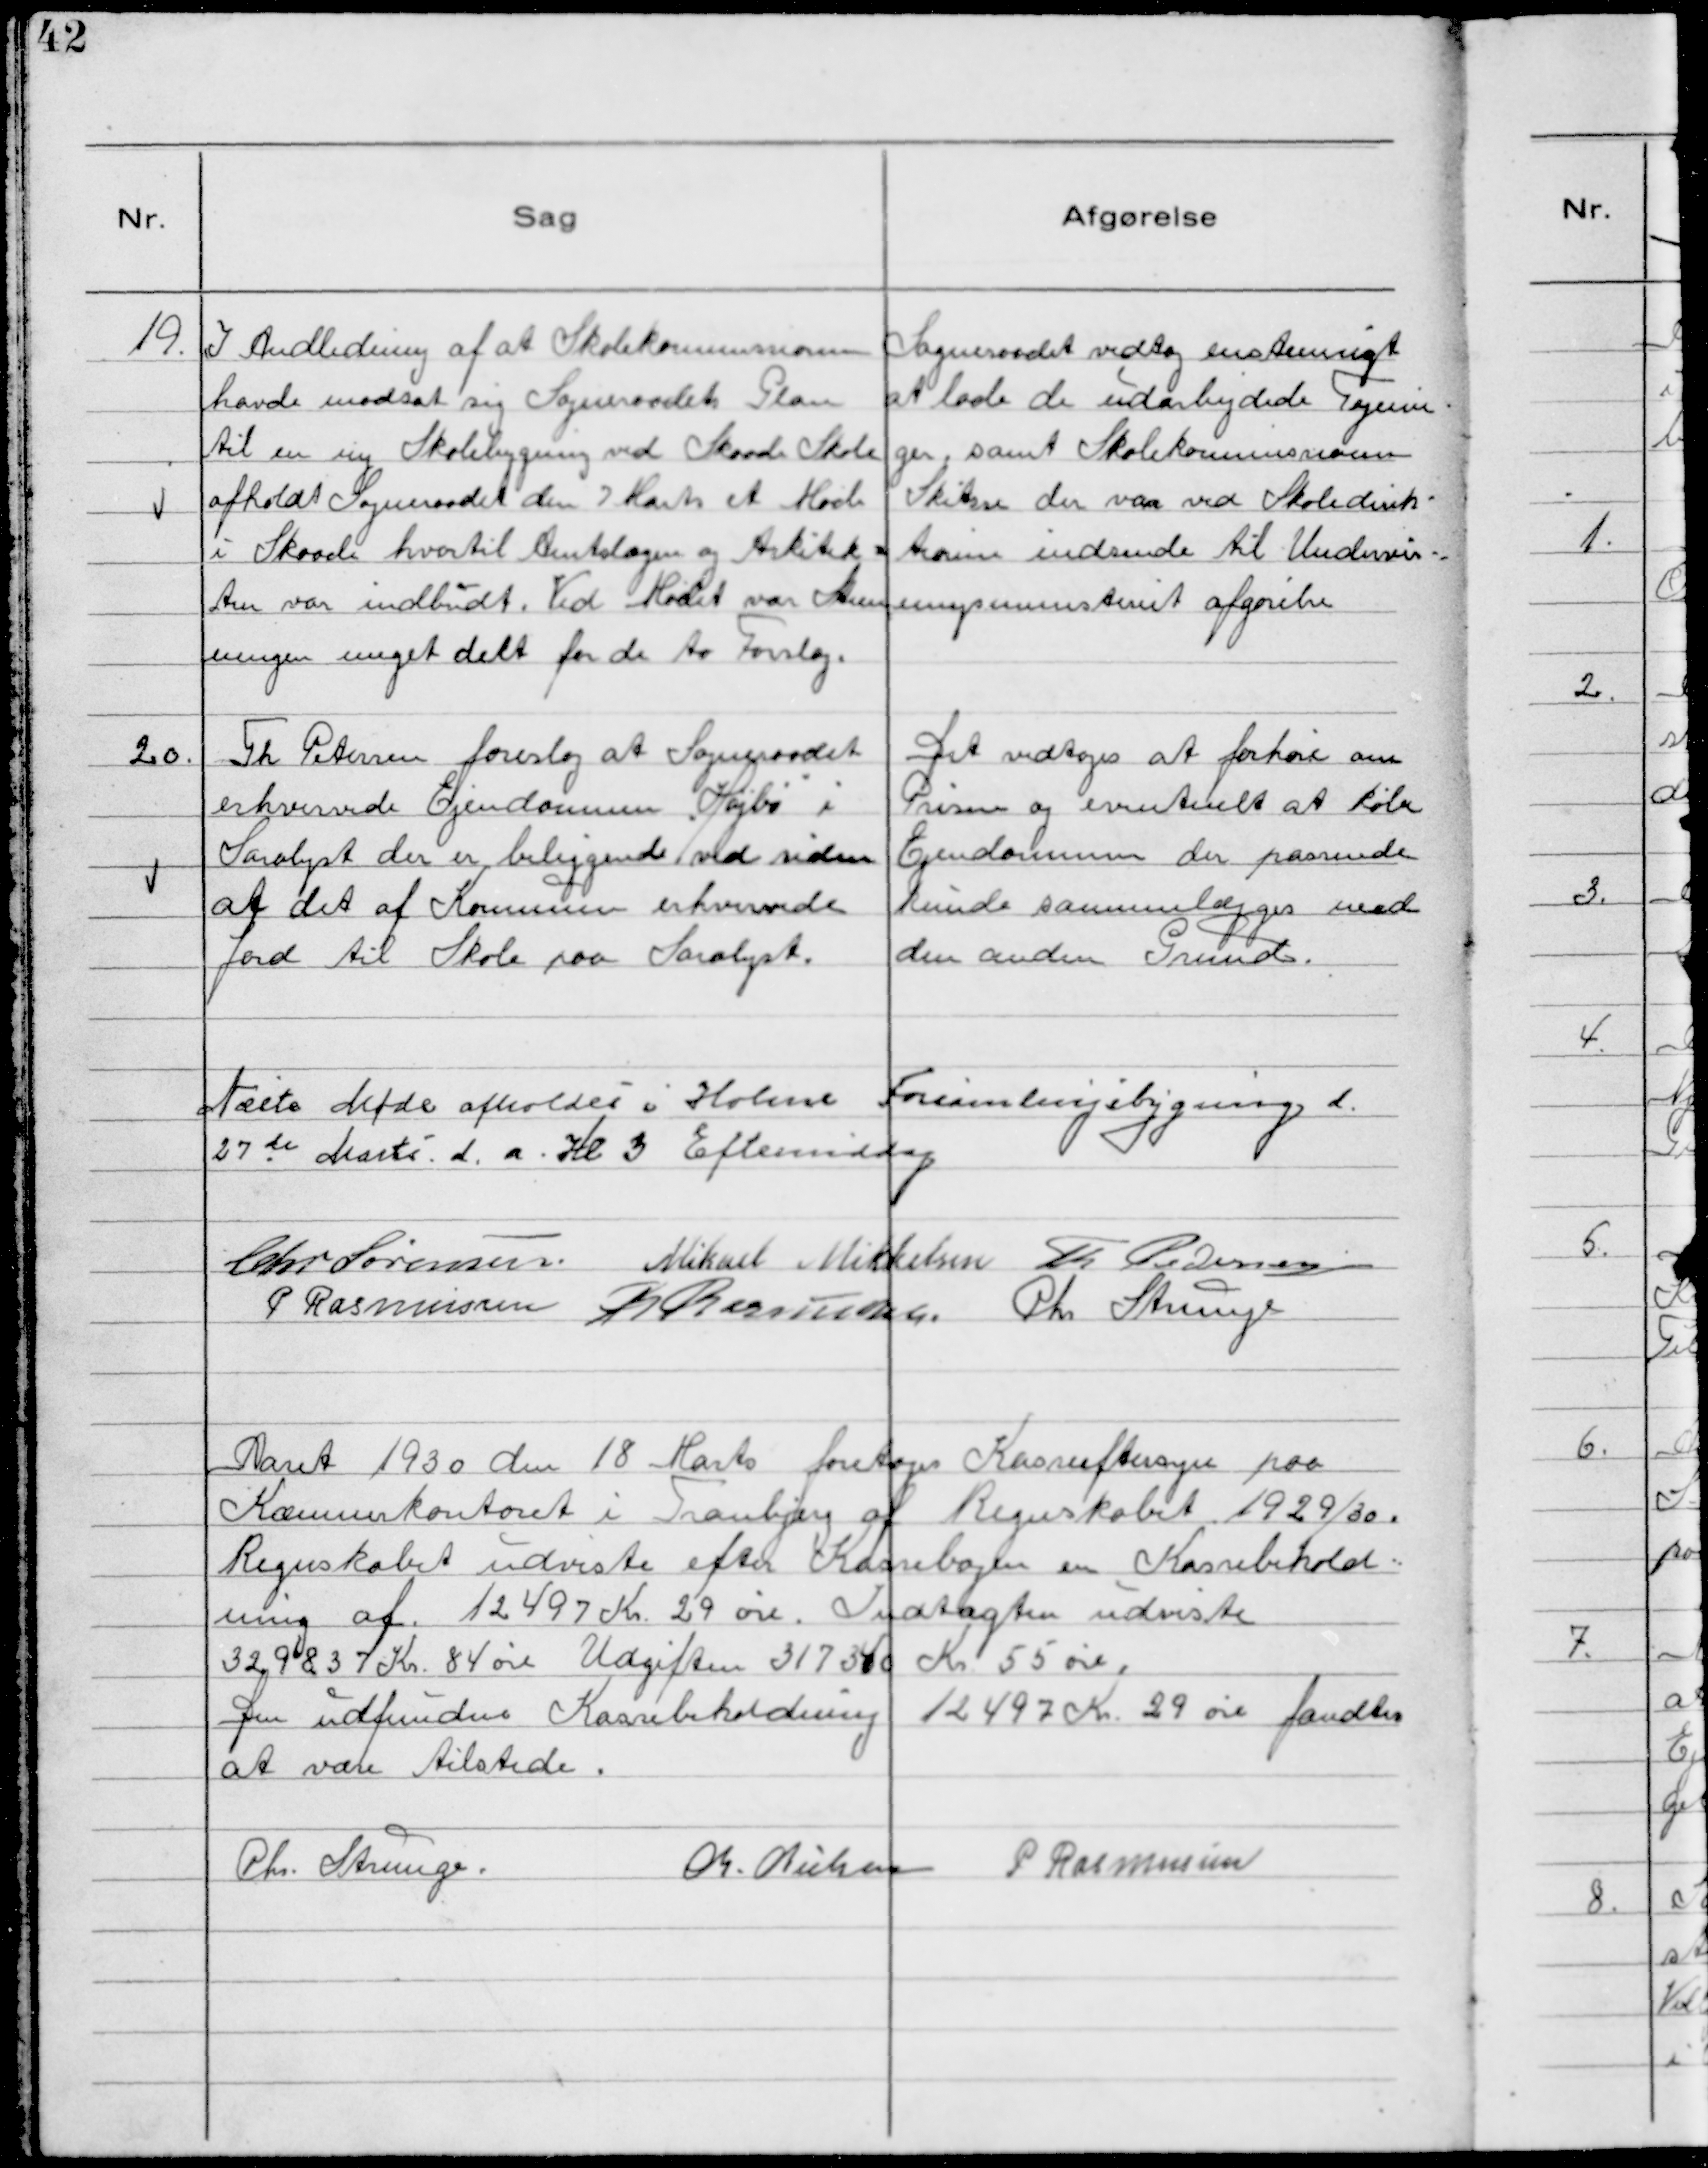
Transskription:
19. I Andledning af at Skaade Skolekommision
havde modsat sig Sogneraadets Plan
til en ny Skolebygning ved Skaade Skole
afholdt Sogneraadet den 7 Marts et Møde
i Skaade hvortil Amtslægen og Arkitek-
ten var indbudt. Ved Mødet var Stem
ningen meget delt for de to Forslag.

Sogneraadet vedtog enstemmigt
at lade de udarbejdede Tegnin
ger, samt Skolekommissionens
Skitse der var ved Skoledirek-
tionen indsende til Undervis-
ningsministeriet afgørelse

20. Th Petersen foreslog at Sogneraadet
erhvervede Ejendommen "Højbo" i
Saralyst der er beliggende ved siden
af det af Kommunen erhvervede
Jord til Skole paa Saralyst.

Det vedtoges at forhøre om
Prisen og eventuelt at købe
Ejendommen der passende
kunde sammenlægges med
den anden Grund.

Næste Møde afholdes i Holme Forsamlingsbygning d.
27de Marts d.a. Kl 3 Eftermiddag
Chr Sørensen Mikael Mikkelsen Th Pedersen
P Rasmussen R Rasmussen Chr Strunge

Aaret 1930 den 18 Marts foretoges Kasseeftersyn paa
Kommunekontoret i Tranbjerg af Regnskabet 1929/30.
Regnskabet udviste efter Kassebogen en Kassebehold-
ning af 12497 Kr. 29 øre. Indtægten udviste
329837 Kr. 84 øre Udgiften 317340 Kr. 55 øre.
Den udfundne Kassebeholdning 12497 Kr. 29 øre fandtes
at være tilstede.
Chr. Strunge. Ch. Nielsen P Rasmussen